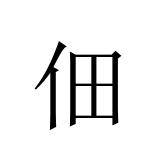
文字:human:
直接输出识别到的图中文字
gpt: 佃